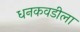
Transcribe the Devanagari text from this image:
धनकवडीला